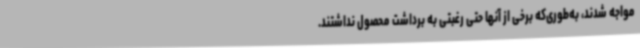
مواجه شدند، به‌طوری‌که برخی از آنها حتی رغبتی به برداشت محصول نداشتند.